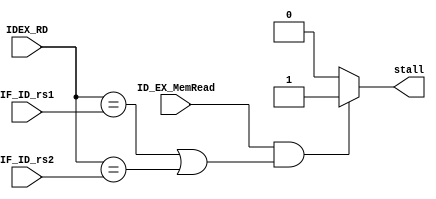
`timescale 1ns / 1ps
//////////////////////////////////////////////////////////////////////////////////
// Company: 
// Engineer: 
// 
// Design Name: 
// Module Name: hazard_detection_unit
// Project Name: 
// Target Devices: 
// Tool Versions: 
// Description: 
// 
// Dependencies: 
// 
// Revision:
// Revision 0.01 - File Created
// Additional Comments:
// 
//////////////////////////////////////////////////////////////////////////////////


module hazard_detection(
    input [4:0] IDEX_RD, IF_ID_rs1, IF_ID_rs2,
    input ID_EX_MemRead, 
    output reg stall 
);

always@(*)
begin    
    if (ID_EX_MemRead && (IDEX_RD == IF_ID_rs1 || IDEX_RD == IF_ID_rs2))
        begin
            stall=1;
        end
    else
        begin
            stall=0;
        end

end
endmodule